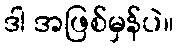
ဒါ အဖြစ်မှန်ပဲ။